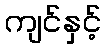
ကျင်နှင့်